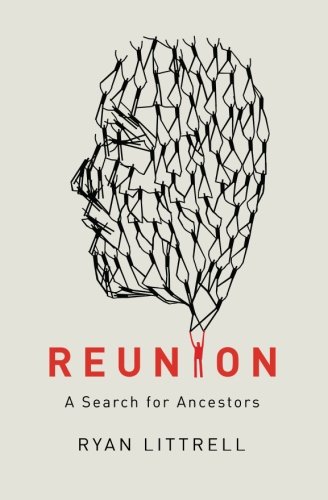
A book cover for Reunion: A Search for Ancestors; Ryan Littrell; Travel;